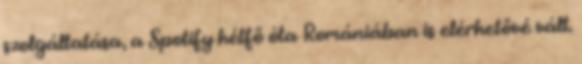
szolgáltatása, a Spotify hétfő óta Romániában is elérhetővé vált.